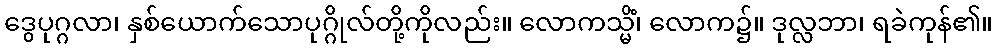
ဒွေပုဂ္ဂလာ၊ နှစ်ယောက်သောပုဂ္ဂိုလ်တို့ကိုလည်း။ လောကသ္မိံ၊ လောက၌။ ဒုလ္လဘာ၊ ရခဲကုန်၏။